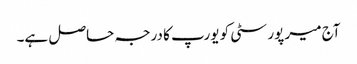
آج میر پور سٹی کو یورپ کا درجہ حاصل ہے۔